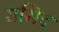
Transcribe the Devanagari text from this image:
रासिद